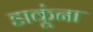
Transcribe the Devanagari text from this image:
डाकूंना